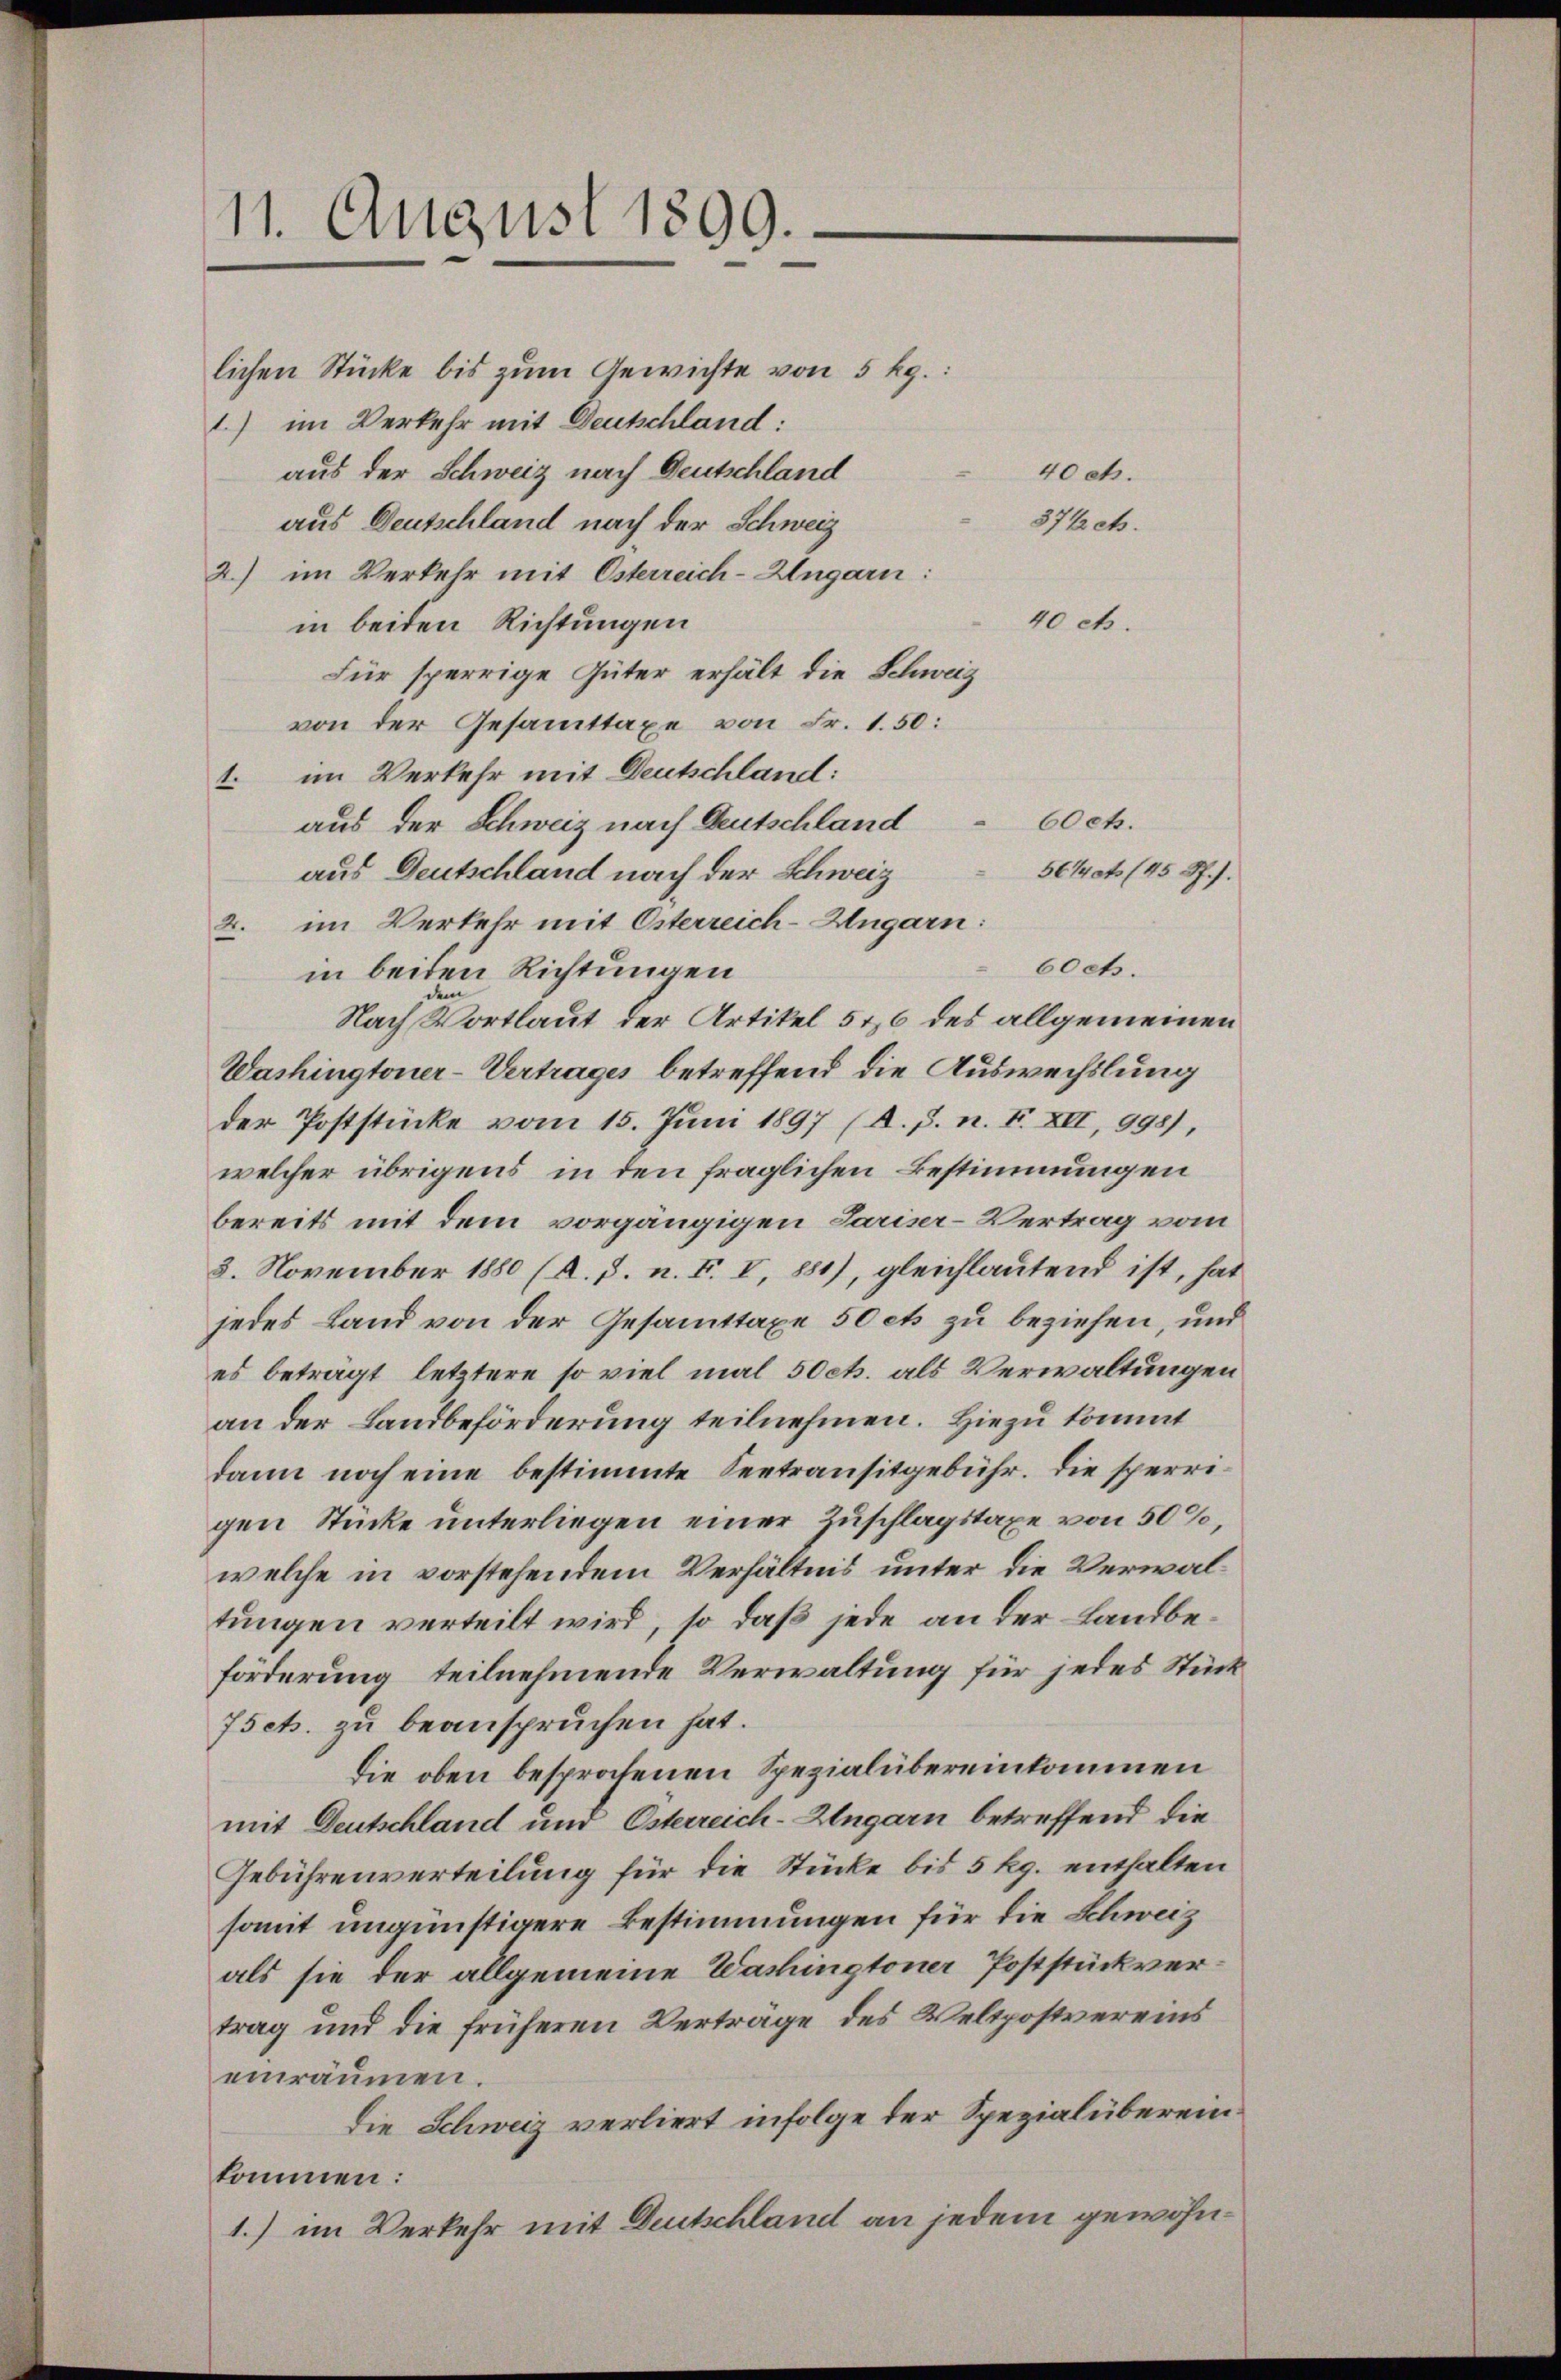
11. August 1899.

lichen Stücke bis zum Gewichte von 5 kg.:
1) im Verkehr mit Deutschland:
aus der Schweiz nach Deutschland
aus Deutschland nach der Schweiz
2) im Verkehr mit Osterreich-Ungarn:
40 cts.
in beiden Richtungen
Für sperrige Güter erhält die Schweiz
von der Gesammttaxe von Fr. 1.50:
1. im Verkehr mit Deutschland:
60ch.
aus der Schweiz nach Gutschland
aus Deutschland nach der Schweiz
56/ato 145 ff.).
2. im Verkehr mit Österreich-Augarn:
in beiden Richtungen
Nach Wortlaut der Artikel 546 des allgemeinen
Washingtoner-Vertrages betreffend die Auswechslung
der Poststücke vom 15. Juni 1897 (A. p. n. F. XII, 998),
welcher übrigens, in den fraglichen Bestimmungen
bereits mit dem vorgängigen Sariser-Vertrag vom
3. November 1880 (A. 3. n. F. I, 881), gleichlautend ist, hat
jedes Land von der Gesammttaxe 50 cts zu beziehen, und
es beträgt, letztere so viel mal 50 cts. als Verwaltungen
an der Landbeförderung teilnehmen. Hiezu kommt
dann noch eine bestimmte Seetransitgebühr. Die sperrigen Stücke unterliegen einer Zuschlagstaxe von 50 %,
welche in vorstehendem Verhältnis unter die Verwaltungen verteilt wird, so daß jede an der Landbeförderung teilnehmende Verwaltung für jedes Stück
Isek. zu beanspruchen hat.
die oben besprochenen Spezialübereinkommen
mit Deutschland und Osterreich-Ungarn betreffend die
Gebührenverteilung für die Stücke bis 5 kg. enthalten
somit ungünstigere Bestimmungen für die Schweiz
als sie der allgemeine Washingtoner Poststückvertrag und die früheren Verträge des Veltpostvereins
einräumen.
Die Schweiz verliert infolge der Spezial überein
kommen:
1.) im Verkehr mit Deutschland an jedem gewöhn¬

40ct.
37½ct.

6och.